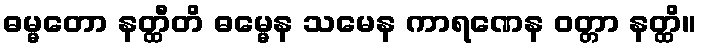
ဓမ္မတော နတ္ထီတိ ဓမ္မေန သမေန ကာရဏေန ဝတ္တာ နတ္ထိ။